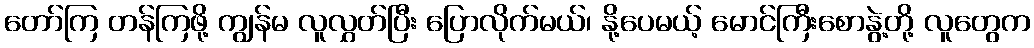
တော်ကြ တန်ကြဖို့ ကျွန်မ လူလွှတ်ပြီး ပြောလိုက်မယ်၊ နို့ပေမယ့် မောင်ကြီးစောနွဲ့တို့ လူတွေက